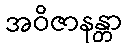
အဝိဇာနန္တာ